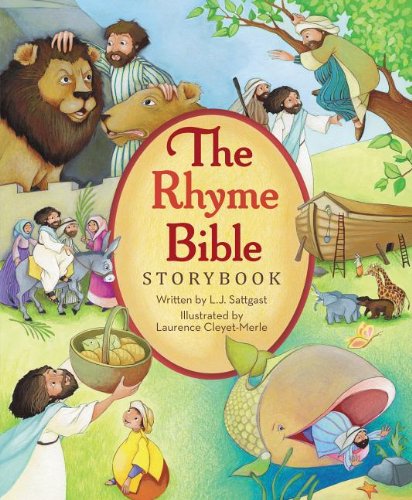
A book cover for The Rhyme Bible Storybook; L. J. Sattgast; Christian Books & Bibles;